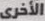
الأخرى